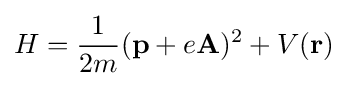
H={1 \over 2m}(\mathbf {p} +e\mathbf {A} )^{2}+V(\mathbf {r} )